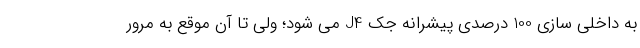
به داخلی سازی 100 درصدی پیشرانه جک J4 می شود؛ ولی تا آن موقع به مرور